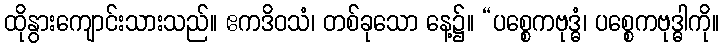
ထိုနွားကျောင်းသားသည်။ ဧကဒိဝသံ၊ တစ်ခုသော နေ့၌။ “ပစ္စေကဗုဒ္ဓံ၊ ပစ္စေကဗုဒ္ဓါကို။